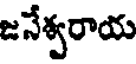
జనేశ్వరాయ